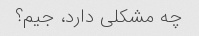
چه مشکلی دارد، جیم؟